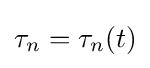
\tau _{n}=\tau _{n}(t)